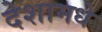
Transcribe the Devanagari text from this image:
देशामधे